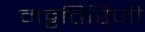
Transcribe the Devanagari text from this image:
मट्टतिरिजी